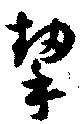
挈